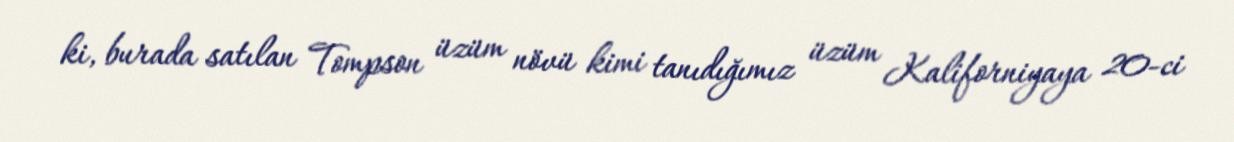
ki, burada satılan Tompson üzüm növü kimi tanıdığımız üzüm Kaliforniyaya 20-ci